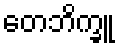
တေဘိက္ခူ